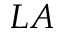
L A